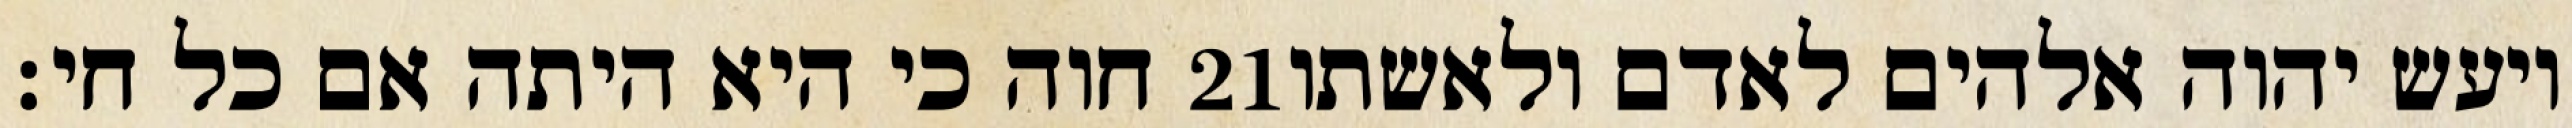
חוה כי היא היתה אם כל חי׃ ‎21‏ ויעש יהוה אלהים לאדם ולאשתו